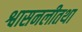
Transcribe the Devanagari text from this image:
श्वासनलीतथा